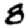
Digit: 8